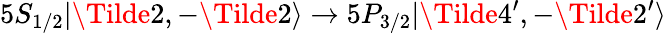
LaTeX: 5S_{1/2}|\Tilde{2},-\Tilde{2}\rangle\rightarrow 5P_{3/2}|\Tilde{4}^{\prime},-\Tilde{2}^{\prime}\rangle